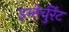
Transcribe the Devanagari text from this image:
इन्तेर्चुर्रेंट